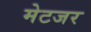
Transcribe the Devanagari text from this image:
मेटजर